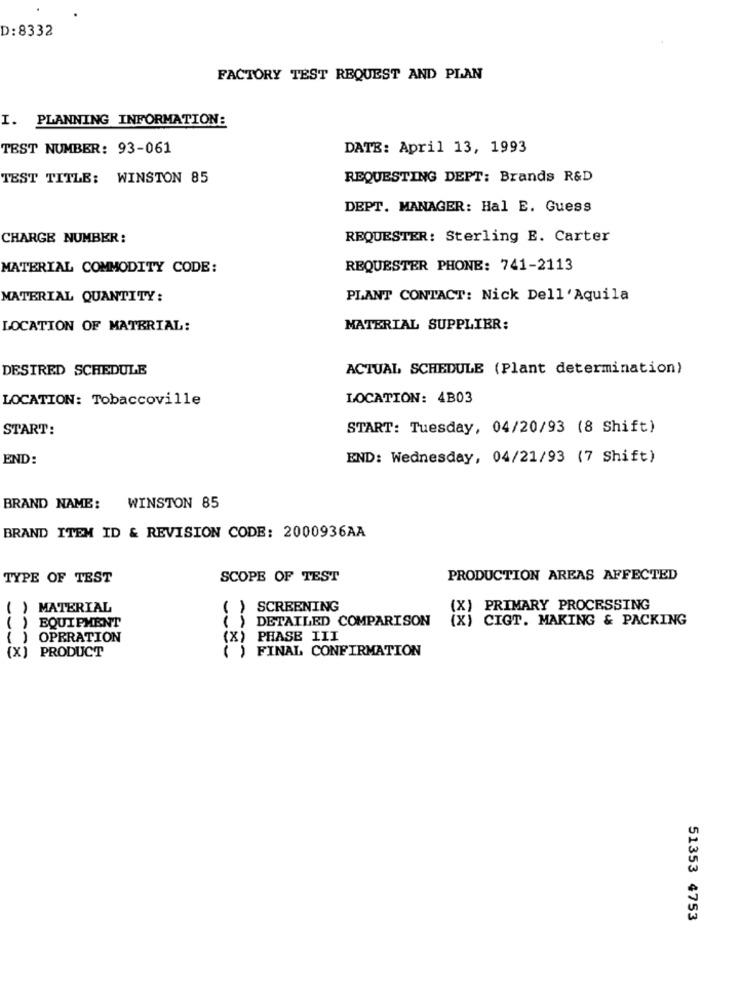
D:8332
FACTORY TEST REQUEST AND PLAN
I. PLANNING INFORMATION:
TEST NUMBER: 93-061
DATE: April 13, 1993
TEST TITLE: WINSTON 85
REQUESTING DEPT: Brands R&D
DEPT. MANAGER: Hal E. Guess
CHARGE NUMBER:
REQUESTER: Sterling E. Carter
MATERIAL COMMODITY CODE:
REQUESTER PHONE: 741-2113
MATERIAL QUANTITY:
PLANT CONTACT: Nick Dell'Aquila
LOCATION OF MATERIAL:
MATERIAL SUPPLIER:
DESIRED SCHEDULE
ACTUAL SCHEDULE (Plant determination)
LOCATION: Tobaccoville
LOCATION: 4B03
START:
START: Tuesday, 04/20/93 (8 Shift)
END:
END: Wednesday, 04/21/93 (7 Shift)
BRAND NAME: WINSTON 85
BRAND ITEM ID & REVISION CODE: 2000936AA
TYPE OF TEST
SCOPE OF TEST
PRODUCTION AREAS AFFECTED
( ) MATERIAL
( ) SCREENING
(X) PRIMARY PROCESSING
( ) EQUIPMENT
( ) DETAILED COMPARISON
CIGT. MAKING & PACKING
( ) OPERATION
(X) PHASE III
(X) PRODUCT
( ) FINAL CONFIRMATION
51353 4753